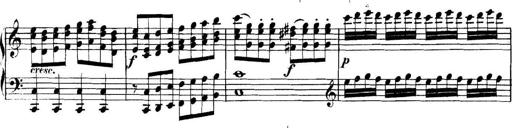
Title: Collected Piano Sonatas
Composer: Muzio Clementi